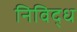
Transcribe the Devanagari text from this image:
निविद्ध